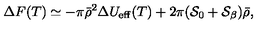
{ \Delta } F ( T ) \simeq - \pi { \bar { \rho } } ^ { 2 } \Delta U _ { \mathrm { e f f } } ( T ) + 2 \pi ( { \cal S } _ { 0 } + { \cal S } _ { \beta } ) \bar { \rho } ,